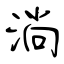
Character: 淌